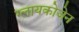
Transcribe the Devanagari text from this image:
ग्लायकोजेन